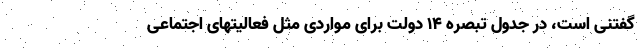
گفتنی است، در جدول تبصره ۱۴ دولت برای مواردی مثل فعالیتهای اجتماعی